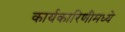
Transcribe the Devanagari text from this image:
कार्यकारिणीमध्ये